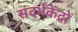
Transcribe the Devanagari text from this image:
संदर्भकेंद्रों